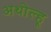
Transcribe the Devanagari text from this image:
अथोल्हू